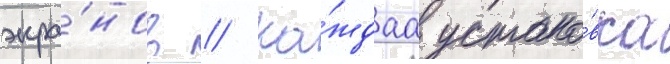
экра́нов // Ка́ждаа устано́вка